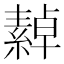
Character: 繛